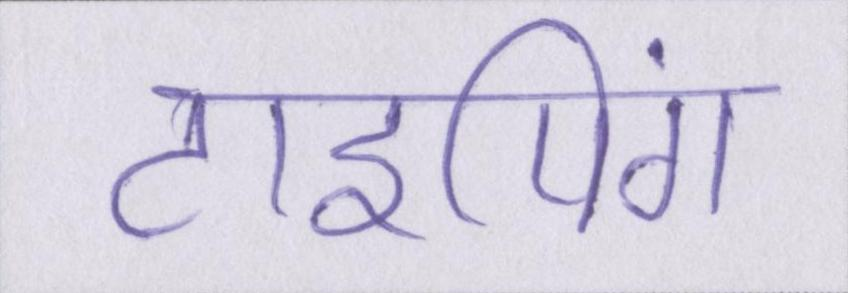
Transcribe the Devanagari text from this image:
टाइपिंग